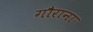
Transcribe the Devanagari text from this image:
गौराना